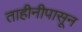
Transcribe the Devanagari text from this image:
ताहीनीपासून